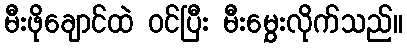
မီးဖိုချောင်ထဲ ဝင်ပြီး မီးမွှေးလိုက်သည်။